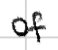
Text: of
Cross-out: clean
Writing tool: digital_black